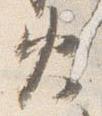
火